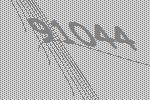
91044